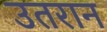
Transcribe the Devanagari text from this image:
उतरान